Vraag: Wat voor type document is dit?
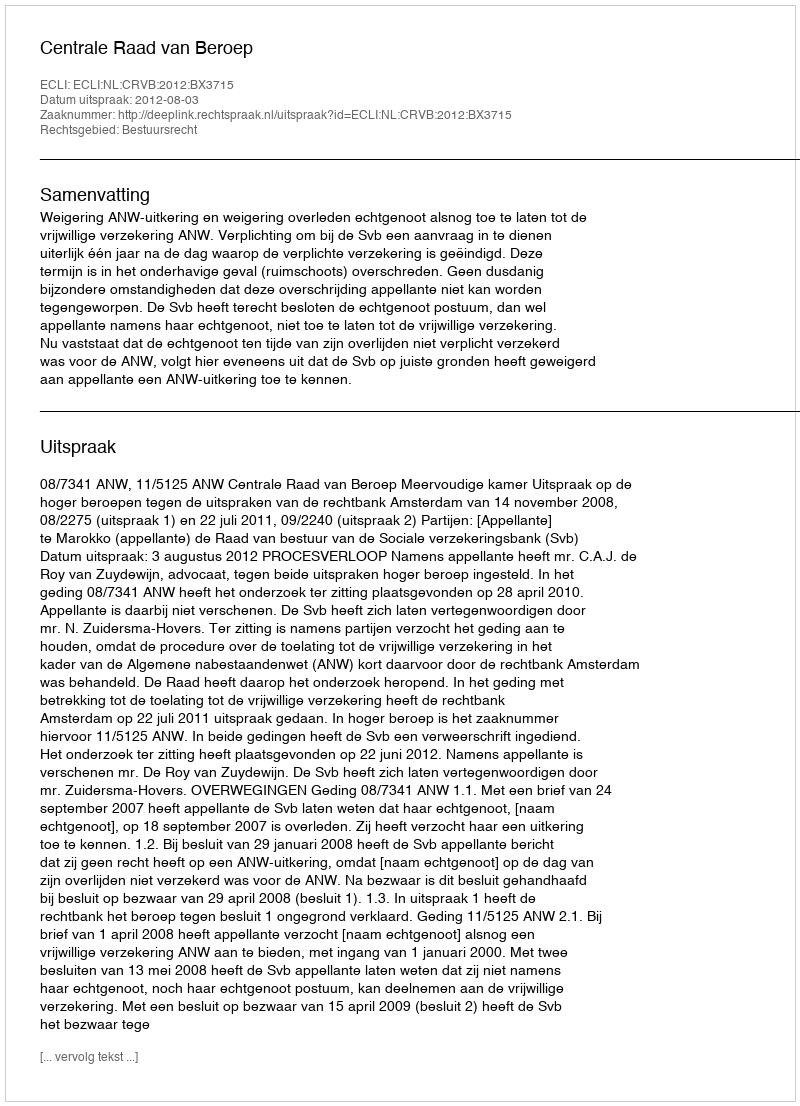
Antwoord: Uitspraak